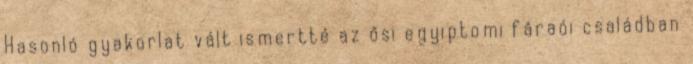
Hasonló gyakorlat vált ismertté az ősi egyiptomi fáraói családban